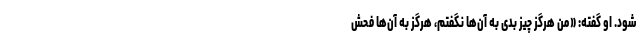
شود. او گفته: «من هرگز چیز بدی به آن‌ها نگفتم، هرگز به آن‌ها فحش